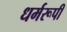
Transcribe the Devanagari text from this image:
धर्मरूपी